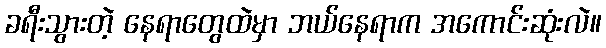
ခရီးသွားတဲ့ နေရာတွေထဲမှာ ဘယ်နေရာက အကောင်းဆုံးလဲ။